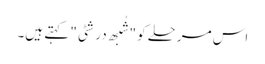
اس مرحلے کو "شُبھ درشٹی" کہتے ہیں۔